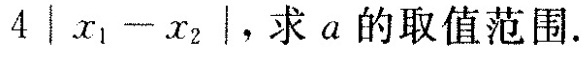
$$4 │ x { 1 } - x_{ 2 } |$$，求a的取值范围。